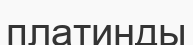
платинды